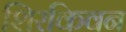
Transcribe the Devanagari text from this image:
शिरकिवन